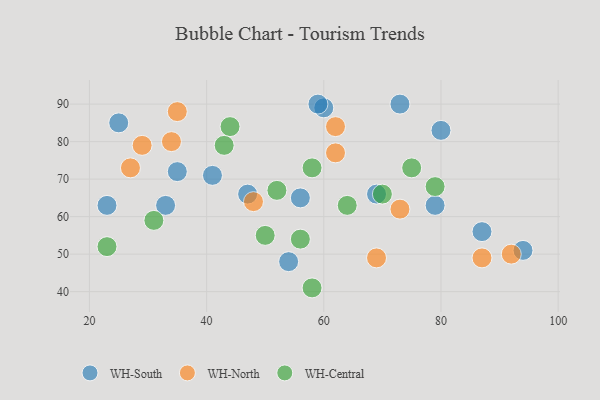
{"axis": {"x": "GDP", "y": "Life Expectancy"}, "legend": ["WH-Central", "WH-North", "WH-South"], "data": [{"x": "87", "y": 56, "type": "WH-South"}, {"x": "79", "y": 63, "type": "WH-South"}, {"x": "94", "y": 51, "type": "WH-South"}, {"x": "69", "y": 66, "type": "WH-South"}, {"x": "47", "y": 66, "type": "WH-South"}, {"x": "41", "y": 71, "type": "WH-South"}, {"x": "54", "y": 48, "type": "WH-South"}, {"x": "60", "y": 89, "type": "WH-South"}, {"x": "35", "y": 72, "type": "WH-South"}, {"x": "33", "y": 63, "type": "WH-South"}, {"x": "25", "y": 85, "type": "WH-South"}, {"x": "80", "y": 83, "type": "WH-South"}, {"x": "73", "y": 90, "type": "WH-South"}, {"x": "23", "y": 63, "type": "WH-South"}, {"x": "59", "y": 90, "type": "WH-South"}, {"x": "56", "y": 65, "type": "WH-South"}, {"x": "62", "y": 84, "type": "WH-North"}, {"x": "34", "y": 80, "type": "WH-North"}, {"x": "92", "y": 50, "type": "WH-North"}, {"x": "69", "y": 49, "type": "WH-North"}, {"x": "73", "y": 62, "type": "WH-North"}, {"x": "27", "y": 73, "type": "WH-North"}, {"x": "35", "y": 88, "type": "WH-North"}, {"x": "87", "y": 49, "type": "WH-North"}, {"x": "62", "y": 77, "type": "WH-North"}, {"x": "29", "y": 79, "type": "WH-North"}, {"x": "48", "y": 64, "type": "WH-North"}, {"x": "56", "y": 54, "type": "WH-Central"}, {"x": "44", "y": 84, "type": "WH-Central"}, {"x": "75", "y": 73, "type": "WH-Central"}, {"x": "64", "y": 63, "type": "WH-Central"}, {"x": "58", "y": 41, "type": "WH-Central"}, {"x": "52", "y": 67, "type": "WH-Central"}, {"x": "31", "y": 59, "type": "WH-Central"}, {"x": "70", "y": 66, "type": "WH-Central"}, {"x": "79", "y": 68, "type": "WH-Central"}, {"x": "43", "y": 79, "type": "WH-Central"}, {"x": "58", "y": 73, "type": "WH-Central"}, {"x": "23", "y": 52, "type": "WH-Central"}, {"x": "50", "y": 55, "type": "WH-Central"}]}